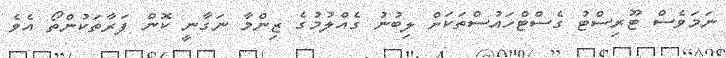
ނަމަވެސް ޓޫރިސްޓު ގެސްޓްހައުސްތަކަށް ލިބުނު ގެއްލުމުގެ ޒިންމާ ނަގާނީ ކޮން ފަރާތަކުންތޯ އެވެ